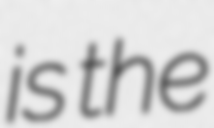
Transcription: is the